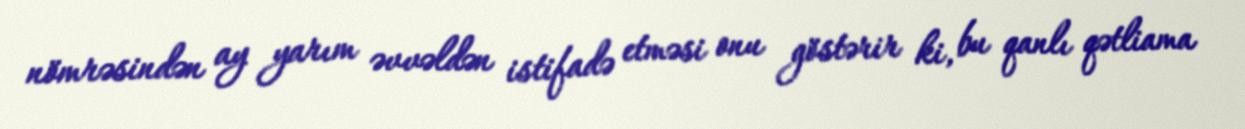
nömrəsindən ay yarım əvvəldən istifadə etməsi onu göstərir ki, bu qanlı qətliama